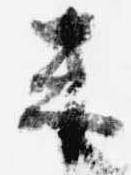
来